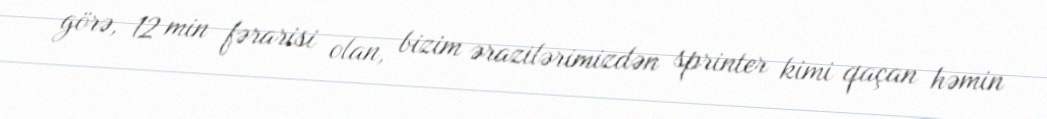
görə, 12 min fərarisi olan, bizim ərazilərimizdən sprinter kimi qaçan həmin